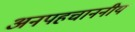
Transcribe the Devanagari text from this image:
अनपहचाननीय